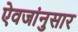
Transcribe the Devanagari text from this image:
ऐवजांनुसार